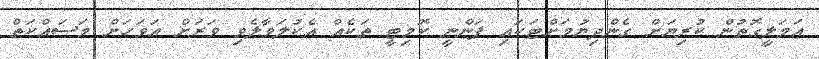
ޢަމަލީގޮތުން ކުރިޔަށް ގެންދިޔުމަށްޓަކައި ފަންނީ ކޮމިޓީ ތަކެއް އެކުލަވާލެވި ވަރަށް އަވަހަށް މަސައްކަތް